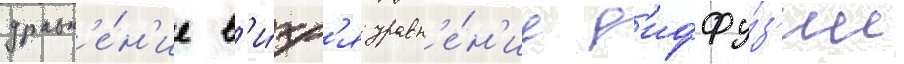
уравн'е́н'ие в'и́хр'я уравн'е́н'ие д'иффу́з'ии